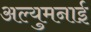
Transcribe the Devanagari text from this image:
अल्युमनाई